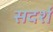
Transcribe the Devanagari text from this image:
सदर्श